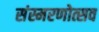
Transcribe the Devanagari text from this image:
संस्मरणोत्सव